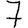
Digit: 7